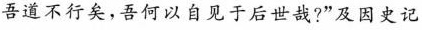
吾道不行矣，吾何以自见于后世哉?”及因史记